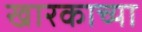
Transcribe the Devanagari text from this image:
खारकाच्या